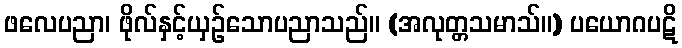
ဖလေပညာ၊ ဖိုလ်နှင့်ယှဉ်သောပညာသည်။ (အလုတ္တသမာသ်။) ပယောဂပဋိ